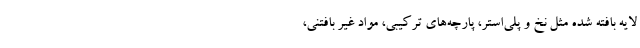
لایه بافته شده مثل نخ و پلی‌استر، پارچه‌های ترکیبی، مواد غیر بافتنی،